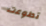
تطوعت